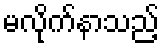
မလိုက်နာသည့်